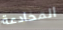
المخادعة